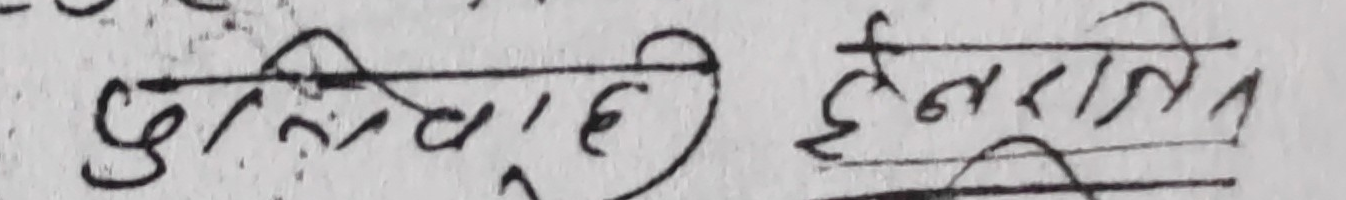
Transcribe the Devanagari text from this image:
दुरदराजाहि दूरराजित